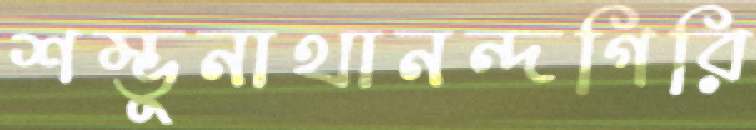
শম্ভুনাথানন্দগিরি